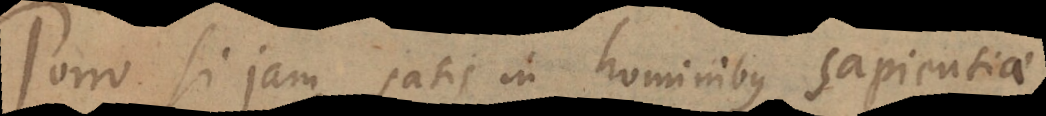
Porro si jam satis in hominibus sapientiae